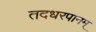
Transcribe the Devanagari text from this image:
तदधरपानम्